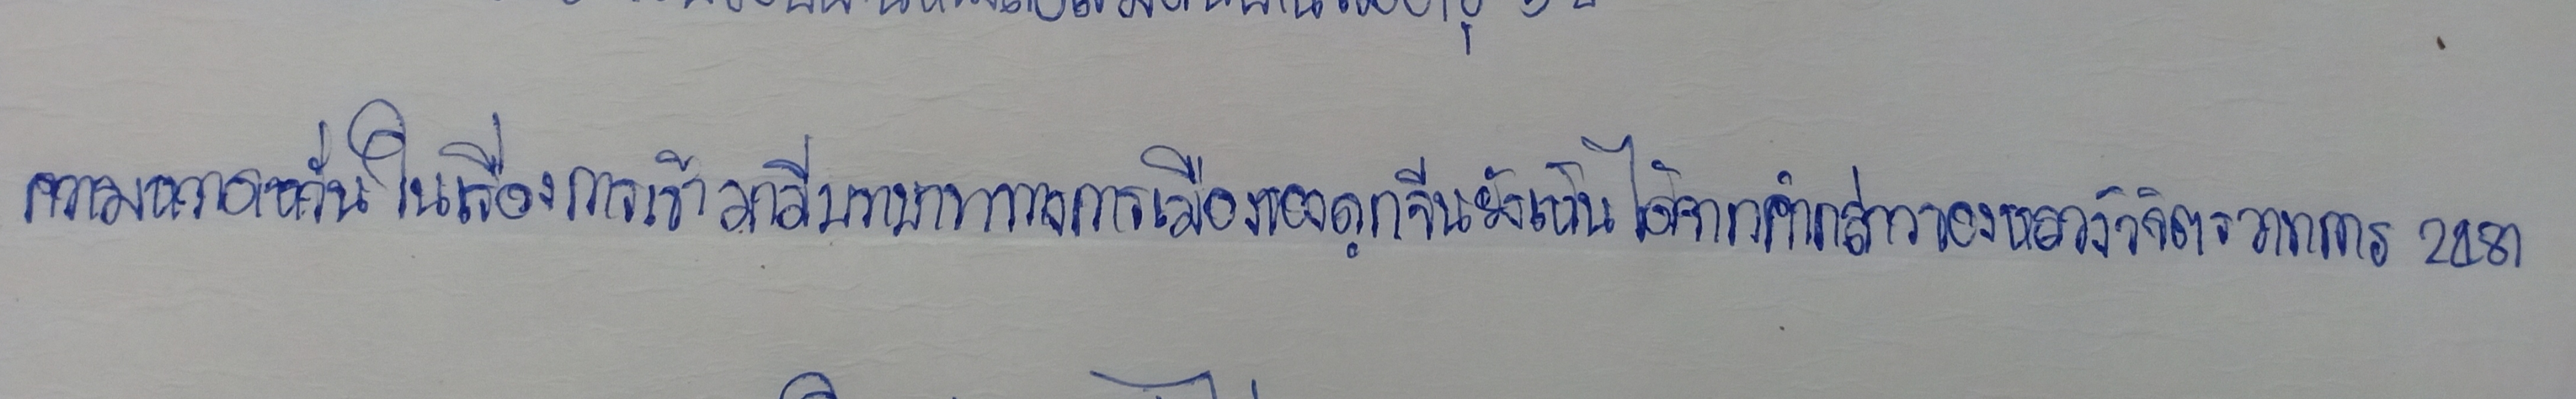
ความหวาดหวั่นในเรื่องการเข้ามามีบทบาททางการเมืองของลูกจีนยังเห็นได้จากคำกล่าวของหลวงวิจิตรวาทการ2481